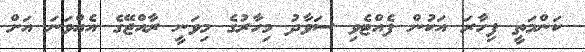
ކަންމަތީ ފިހާރަ އަކުން ފެއްޓެވި ސަވާދު މިހާރުގެ މިވަނީ ރާއްޖޭގެ އެއްވަނަ އަށް